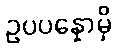
ဥပပန္နောမှိ